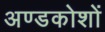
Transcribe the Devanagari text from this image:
अण्डकोशों